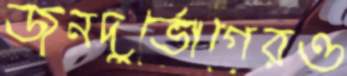
জনদুর্ভোগেরও